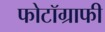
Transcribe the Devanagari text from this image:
फोटॉग्राफी